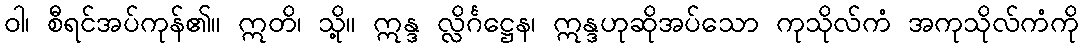
ဝါ၊ စီရင်အပ်ကုန်၏။ ဣတိ၊ သို့။ ဣန္ဒ လ္လိင်္ဂဋ္ဌေန၊ ဣန္ဒဟုဆိုအပ်သော ကုသိုလ်ကံ အကုသိုလ်ကံကို